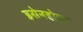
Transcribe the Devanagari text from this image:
इसेनहोवर